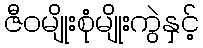
ဇီဝမျိုးစုံမျိုးကွဲနှင့်